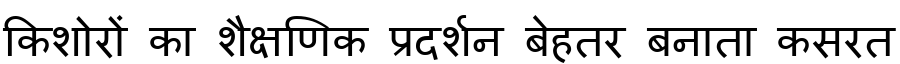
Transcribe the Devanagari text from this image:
किशोरों का शैक्षणिक प्रदर्शन बेहतर बनाता कसरत